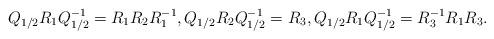
LaTeX: \begin{align*} Q_{1/2}R_1Q_{1/2}^{-1}=R_1R_2R_1^{-1}, Q_{1/2}R_2Q_{1/2}^{-1}=R_3, Q_{1/2}R_1Q_{1/2}^{-1}=R_3^{-1}R_1R_3.\end{align*}